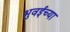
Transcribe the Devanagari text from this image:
भुवईच्या